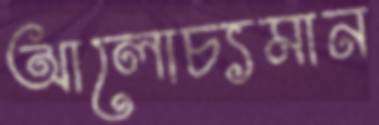
আলোচ্যমান